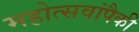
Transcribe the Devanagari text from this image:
महोत्सवांपैकी